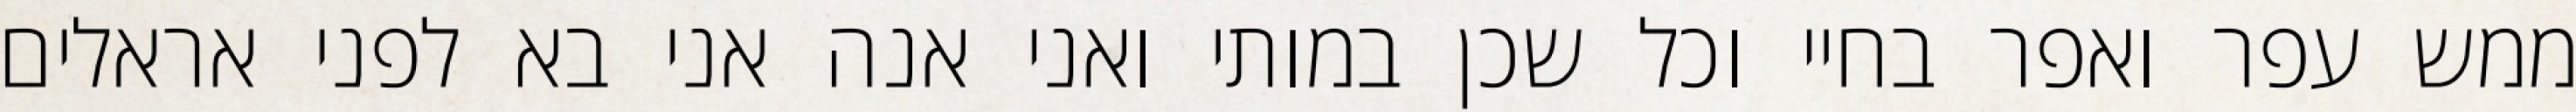
ממש עפר ואפר בחיי וכל שכן במותי ואני אנה אני בא לפני אראלים